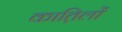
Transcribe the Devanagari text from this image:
कात़िलों